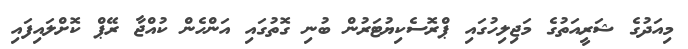
މިއަދުގެ ޝަރީއަތުގެ މަޖިލިހުގައި ޕްރޮސެކިޔުޓަރުން ބުނި ގޮތުގައި އަންހެން ކުއްޖާ ރޭޕް ކޮށްލައިފައި